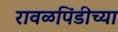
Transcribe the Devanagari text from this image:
रावळपिंडीच्या